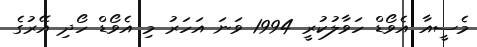
މެސީއާ އެވޯޑް ހަވާލުކުރީ 1994 ވަނަ އަހަރު މި އެވޯޑް ހޯދި އޭރުގެ